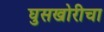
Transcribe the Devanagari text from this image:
घुसखोरीचा